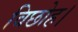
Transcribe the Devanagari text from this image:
विछोह।